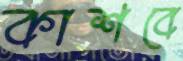
কাশবে